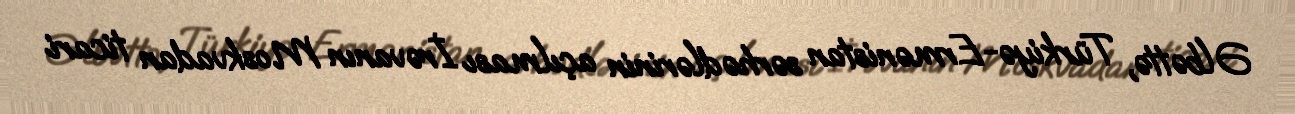
Əlbəttə, Türkiyə-Ermənistan sərhədlərinin açılması İrəvanın Moskvadan ticari